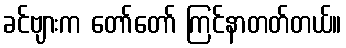
ခင်ဗျားက တော်တော် ကြင်နာတတ်တယ်။